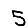
Digit: 5